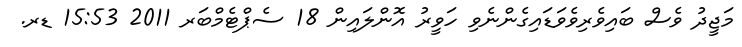
މަޖީދު ވެސް ބައިވެރިވެވަޑައިގެންނެވި ހަވީރު އޮންލައިން 18 ސެޕްޓެމްބަރ 2011 15:53 ޑރ.